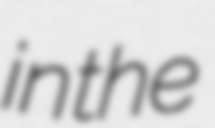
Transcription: in the